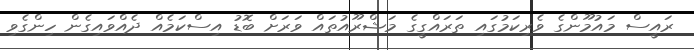
ރައީސް މައުމޫންގެ ވެރިކަމުގައި ތަރައްގީގެ މަޝްރޫއުތައް ވަރަށް ބޮޑު އިސްކަމެއް ދެއްވައިގެން ހިންގެވި